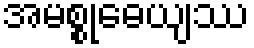
အမစ္စုဓေယျဿ